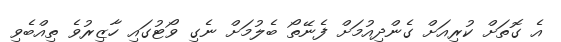
އެ ގޮތަށް ކުރިއަށް ގެންދިއުމަށް ފެނޭތޯ ބެލުމަށް ނެގި ވޯޓުގައި ހާޒިރުވެ ތިއްބެވި